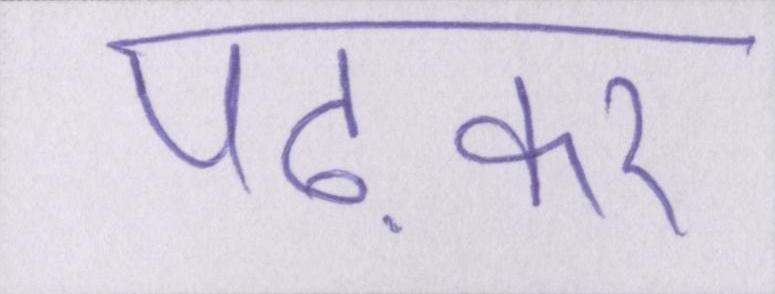
पढ़कर